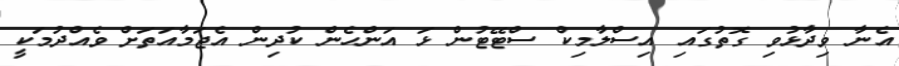
އެނާ ވިދާޅުވި ގޮތުގައި އިސްލާމިކް ސްޓޭޓުން ޅަ އަންހެން ކުދިން އެޖަމާއަތަށް ވެއްދުމަކީ